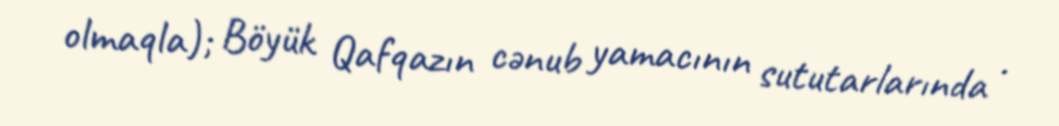
olmaqla); Böyük Qafqazın cənub yamacının sututarlarında .